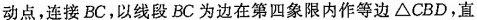
动点，连接BC，以线段BC为边在第四象限内作等边\triangleCBD，直